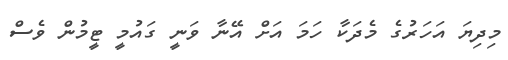
މިދިޔަ އަހަރުގެ މެދަކާ ހަމަ އަށް އޭނާ ވަނީ ގައުމީ ޓީމުން ވެސް